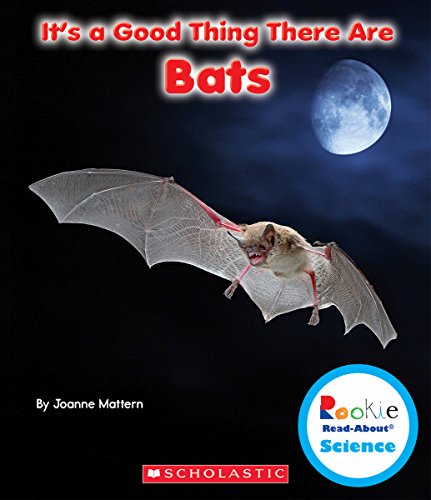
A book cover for It's a Good Thing There Are Bats (Rookie Read-About Science); Joanne Mattern; Children's Books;